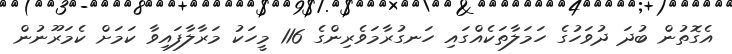
އެގޮތުން ބުދަ ދުވަހުގެ ހަމަލާތަކެއްގައި ހަނގުރާމަވެރިންގެ 116 މީހަކު މަރާލާފައިވާ ކަމަށް ކެމަރޫނުން